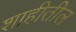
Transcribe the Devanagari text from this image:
शाहीतील